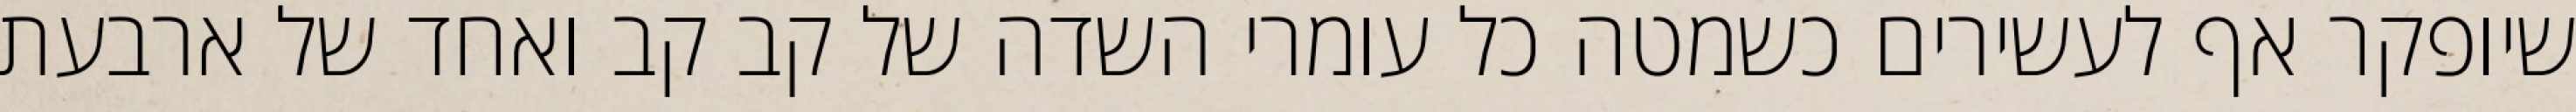
שיופקר אף לעשירים כשמטה כל עומרי השדה של קב קב ואחד של ארבעת